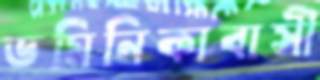
ডমিনিকাবাসী